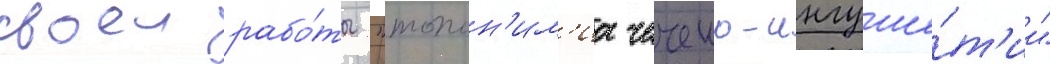
своеи рабо́ты "топон'им'иа чечено-ингуше́т'ии"